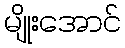
မျိုးအောင်